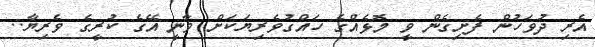
އެރި ދުވަހުން ފެށިގެން ވީ މޮޅެއްގެ ހައްގުވެރިޔަކަށް ވާނީ އޭގެ ކުރީގެ ވެރިޔާ..